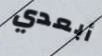
أبعدي